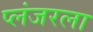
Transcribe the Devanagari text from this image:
प्लंजरला